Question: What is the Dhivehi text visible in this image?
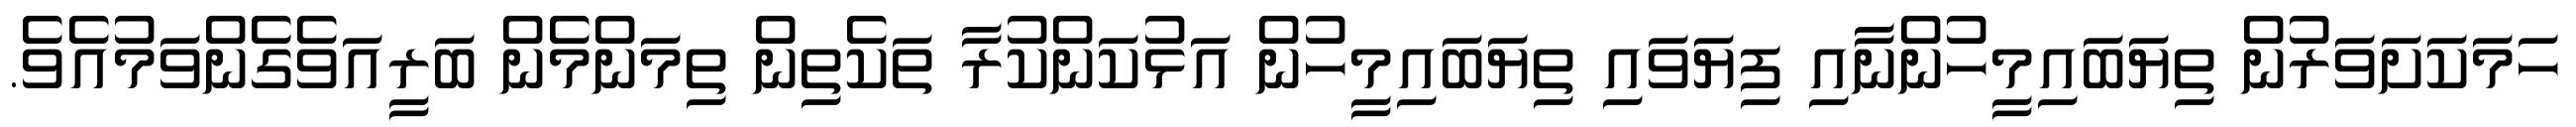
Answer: ހަމަކަށަވަރުން ތިޔަބައިމީހުންނާއި ފިޔަވައި ތިޔަބައިމީހުން އަޅުކަންކުރާ ތަކެތިން ތިމަންމެން ބަރީއަވެގެންވަމުއެވެ.